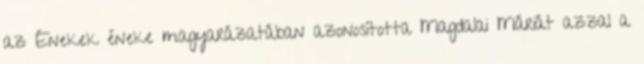
az Énekek éneke magyarázatában azonosította Magdalai Máriát azzal a